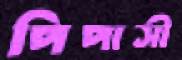
পিপাসী